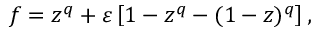
f = z ^ { q } + \varepsilon \left[ 1 - z ^ { q } - ( 1 - z ) ^ { q } \right] ,